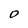
Character: O